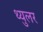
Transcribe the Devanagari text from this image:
थ्युलर